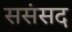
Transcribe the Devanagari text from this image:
ससंसद